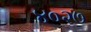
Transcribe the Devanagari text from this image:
४०२७